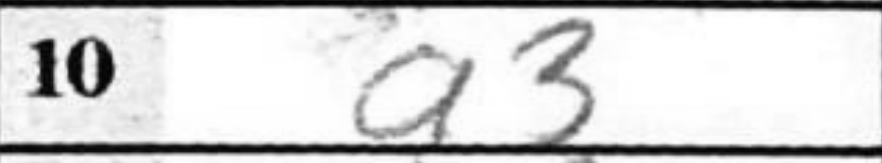
Transcription: a3